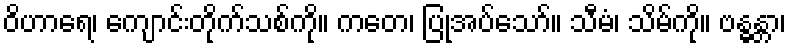
ဝိဟာရေ၊ ကျောင်းတိုက်သစ်ကို။ ကတေ၊ ပြုအပ်သော်။ သီမံ၊ သိမ်ကို။ ဗန္ဓန္တာ၊